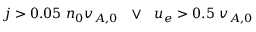
j > 0 . 0 5 \ n _ { 0 } v _ { A , 0 } \ \ \lor \ \ u _ { e } > 0 . 5 \ v _ { A , 0 }